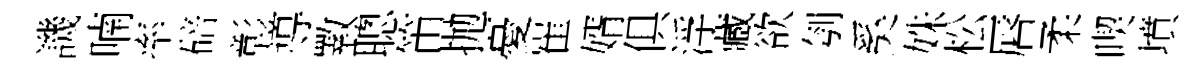
譏喃率碚彰導斁聰笛拋憂崔婿俱浮藏欲刳奚姝松唇柔喫墳